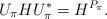
LaTeX: \begin{align*}U_{\pi}HU_{\pi}^* = H^{P_{\pi}}.\end{align*}